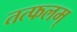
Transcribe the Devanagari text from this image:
तत्फलम्